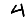
Digit: 4